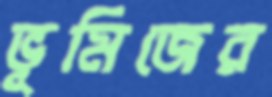
ভূমিজের